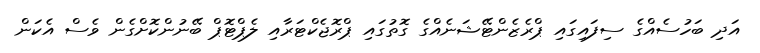
އަދި ބަހުސެއްގެ ސިފައިގައި ޕްރެޒެންޓޭޝަނެއްގެ ގޮތުގައި ޕްރޮޖެކްޓަރާއި ލެޕްޓޮޕް ބޭނުންކޮށްގެން ވެސް އެކަން